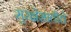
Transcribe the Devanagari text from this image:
सुरक्षेसाठीचे